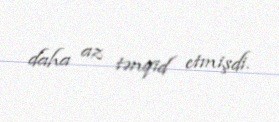
daha az tənqid etmişdi.